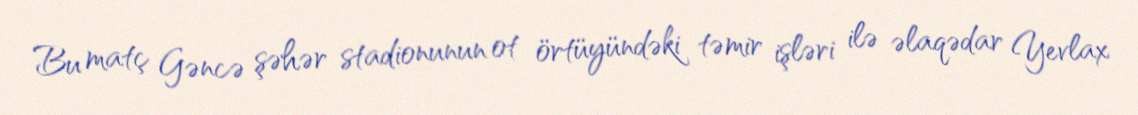
Bu matç Gəncə şəhər stadionunun ot örtüyündəki təmir işləri ilə əlaqədar Yevlax